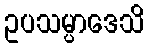
ဥပသမ္ပာဒေသိ